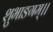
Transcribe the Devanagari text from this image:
शुभाङगम्।।